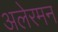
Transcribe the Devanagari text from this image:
अलेरमन